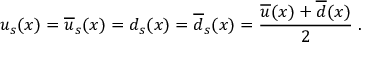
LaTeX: u _ { s } ( x ) = \overline { { { u } } } _ { s } ( x ) = d _ { s } ( x ) = \overline { { { d } } } _ { s } ( x ) = \frac { \overline { { { u } } } ( x ) + \overline { { { d } } } ( x ) } { 2 } \; .